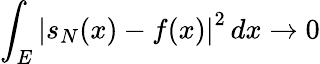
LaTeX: \int_{E}\left|s_{N}(x)-f(x)\right|^{2}\, dx\to 0